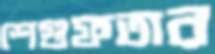
শেগুফতার